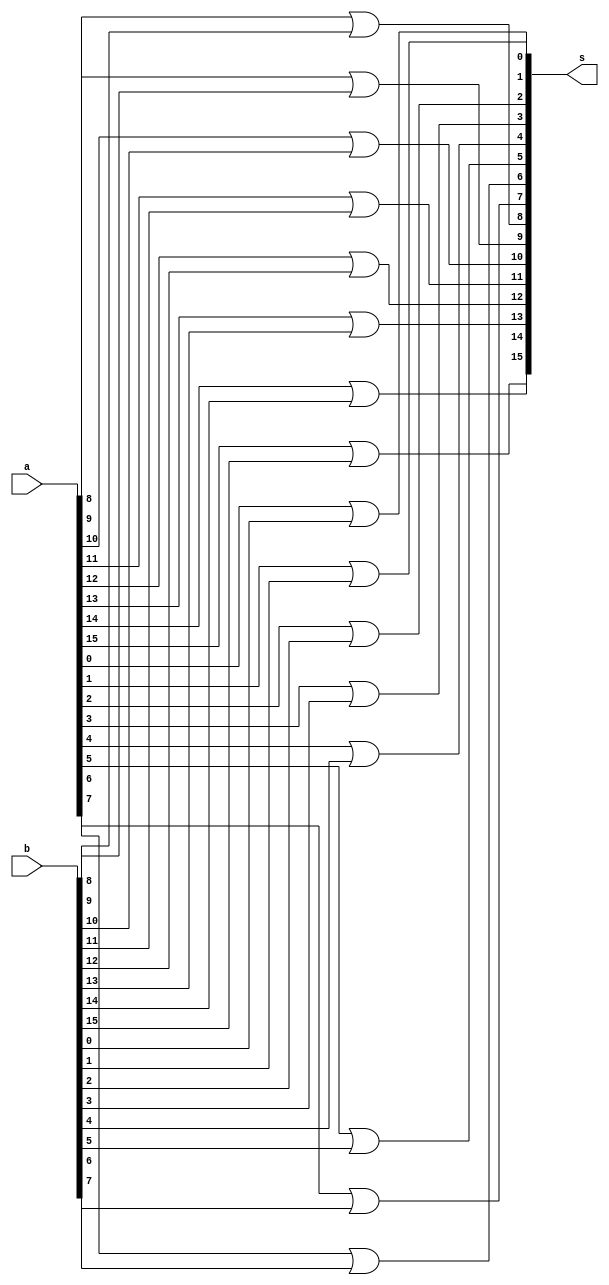
module Or_16(input [15:0] a, b, output [15:0] s);
	assign s[0] = a[0] | b[0];
	assign s[1] = a[1] | b[1];
	assign s[2] = a[2] | b[2];
	assign s[3] = a[3] | b[3];
	assign s[4] = a[4] | b[4];
	assign s[5] = a[5] | b[5];
	assign s[6] = a[6] | b[6];
	assign s[7] = a[7] | b[7];
	assign s[8] = a[8] | b[8];
	assign s[9] = a[9] | b[9];
	assign s[10] = a[10] | b[10];
	assign s[11] = a[11] | b[11];
	assign s[12] = a[12] | b[12];
	assign s[13] = a[13] | b[13];
	assign s[14] = a[14] | b[14];
	assign s[15] = a[15] | b[15];
endmodule